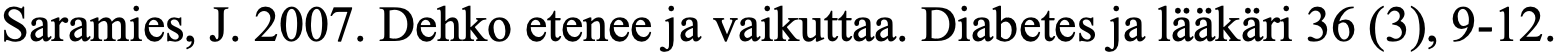
Saramies, J. 2007. Dehko etenee ja vaikuttaa. Diabetes ja lääkäri 36 (3), 9-12.